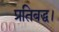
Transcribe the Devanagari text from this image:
प्रतिबद्ध।